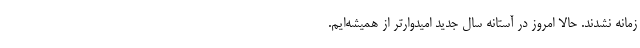
زمانه نشدند. حالا امروز در آستانه سال جدید امیدوارتر از همیشه‌ایم.